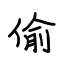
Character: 偷